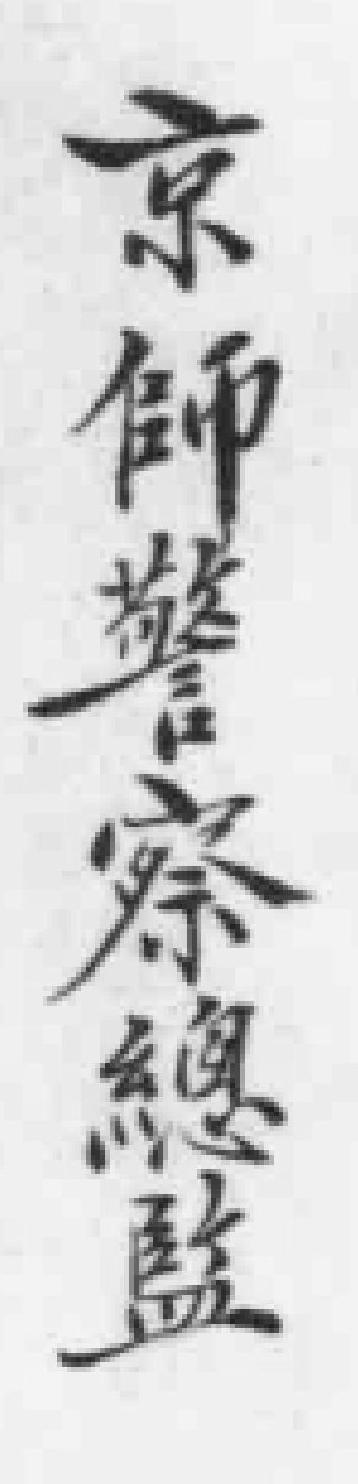
京師警察總監